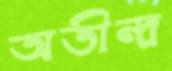
অতীন্দ্র